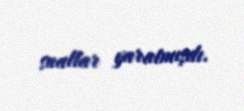
suallar yaratmışdı.